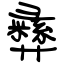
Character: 彞